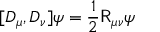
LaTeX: [ D _ { \mu } , D _ { \nu } ] \psi = { \frac { 1 } { 2 } } { \mathsf { R } } _ { \mu \nu } \psi